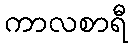
ကာလစာရီ